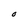
Character: 0